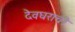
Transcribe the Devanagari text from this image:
देवघराची